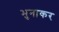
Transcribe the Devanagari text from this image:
भुनाकर